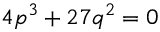
4 p ^ { 3 } + 2 7 q ^ { 2 } = 0